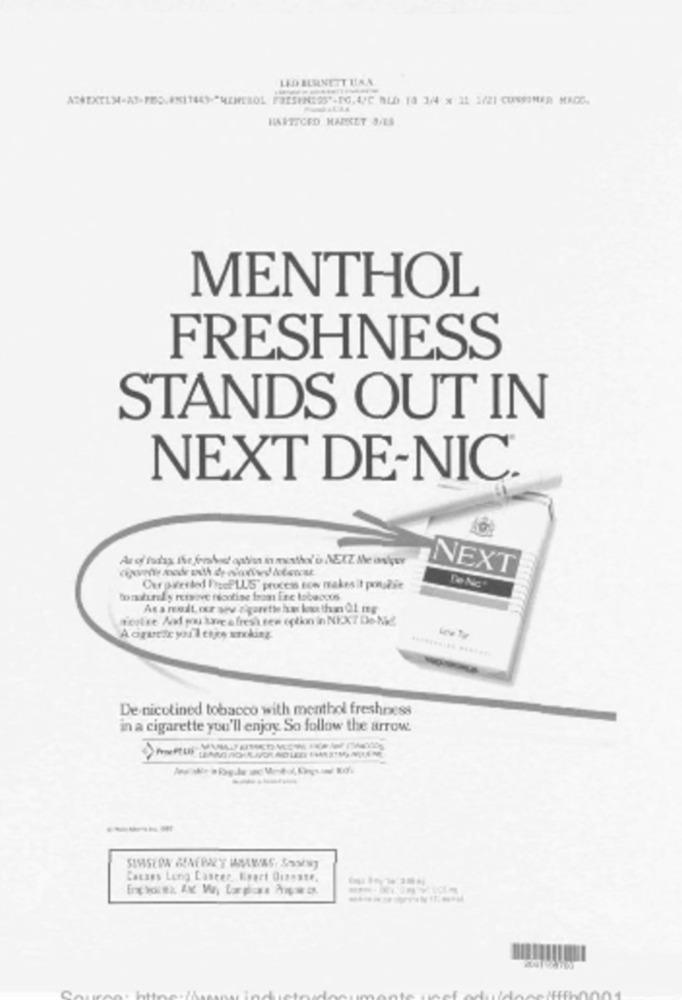
LED BURNETT UAA
HARTICED MARKET A/ES
MENTHOL
FRESHNESS
STANDS OUT IN
NEXT DE-NIC
NEXT
Curaverted IcELLS' process now makes it poinsdie
De Nic
Borulund , remove flootise from Enc tabacous
teatre Al mukare afresh sen eption in NEXT Do-N&
Acqueic you'll enjoy anking.
Les le
.......... .......
De nicotined tobacco with menthol freshness
in a cigarette you'll enjoy So follow the arrow.
Cacaes Lenig Lascer Keert Queste.